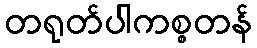
တရုတ်ပါကစ္စတန်